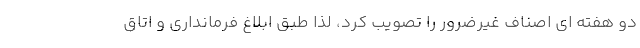
دو هفته ای اصناف غیرضرور را تصویب کرد، لذا طبق ابلاغ فرمانداری و اتاق